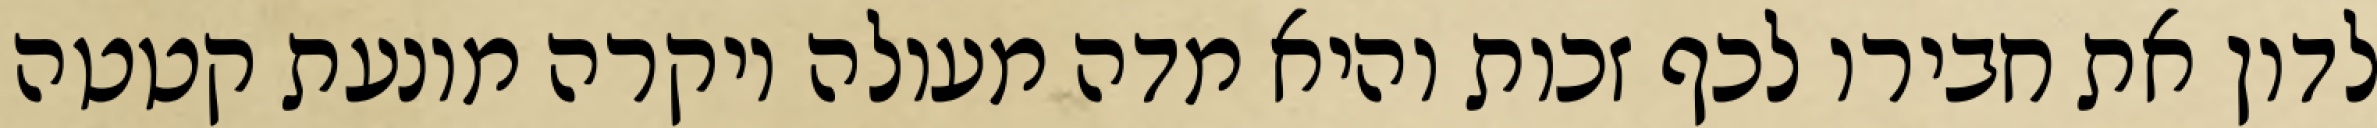
לדון את חבירו לכף זכות והיא מדה מעולה ויקרה מונעת קטטה